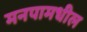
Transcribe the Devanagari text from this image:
मनपामधील